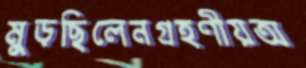
মুড়ছিলেনগ্রহণীয়অ